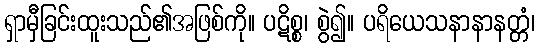
ရှာမှီခြင်းထူးသည်၏အဖြစ်ကို။ ပဋိစ္စ၊ စွဲ၍။ ပရိယေသနာနာနတ္တံ၊